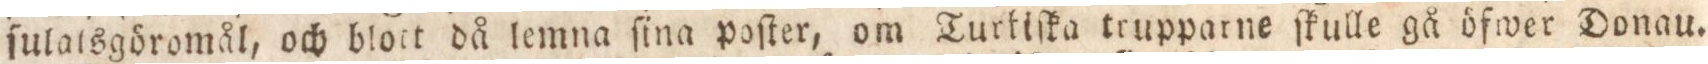
ſulatsgöromål, och blott då lemna ſina poſter, om Turkiſka trupparne ſkulle gå öfwer Donau.